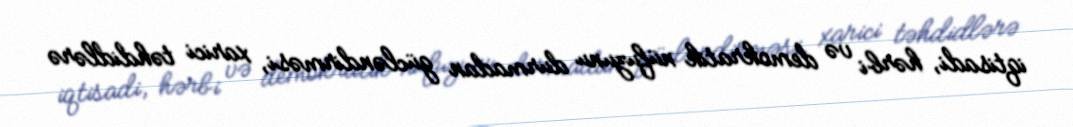
iqtisadi, hərbi və demokratik nüfuzunu durmadan gücləndirməsi, xarici təhdidlərə